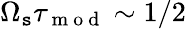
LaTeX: \Omega_{\mathtt{s}}\tau_{\mathrm{{~m~o~d~}}}\sim1/2